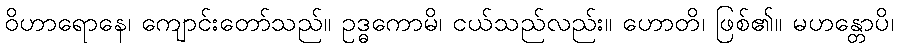
ဝိဟာရောနေ၊ ကျောင်းတော်သည်။ ဥဒ္ဓကောမိ၊ ငယ်သည်လည်း။ ဟောတိ၊ ဖြစ်၏။ မဟန္တောပိ၊